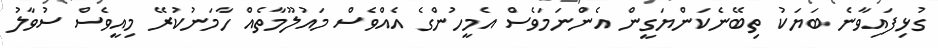
ގުޅިފައިވާނެ ބަޔަކު ތިބޭނެކަންޔަގީން އެންނަމަވެސް އެމީހުންގެ އެއްވެސް މައުލޫމާތެއް ހާމަނުކުރޭ މިއީވެސް ސުވާލު